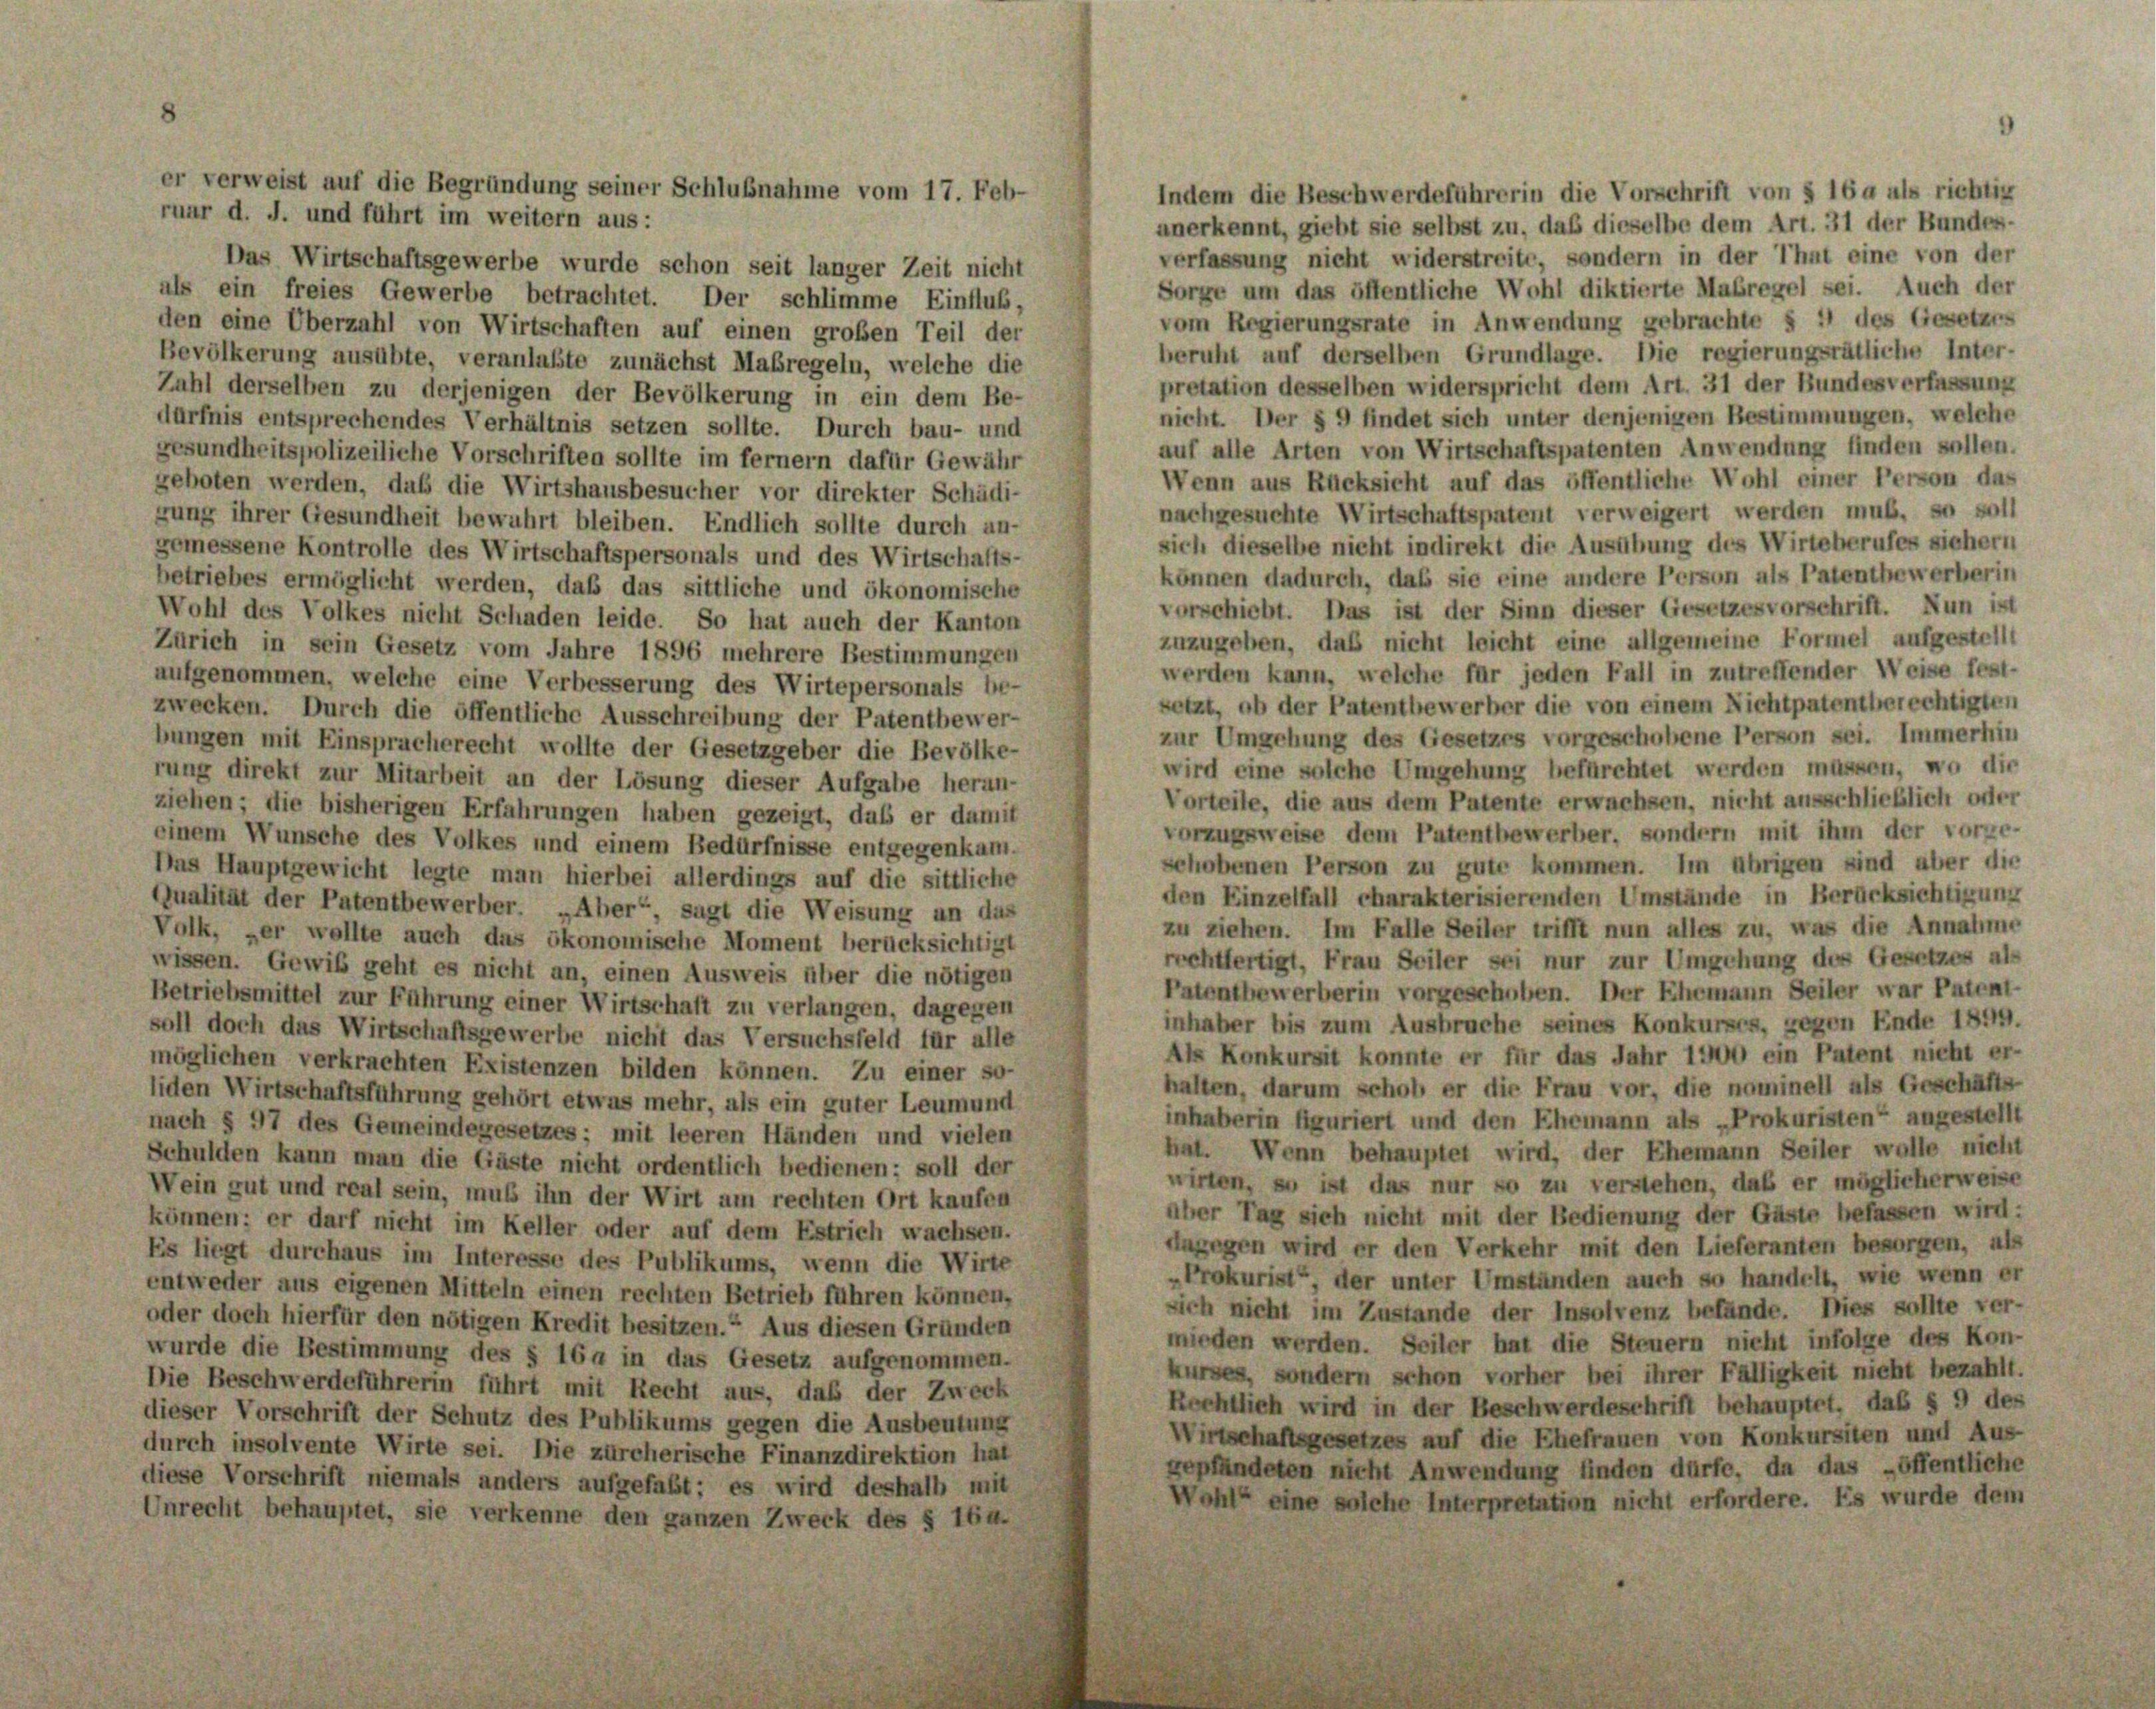
Indem die Beschwerdeführerin die Vorschrift von § 16 als richtig
anerkennt, giebt sie selbst zu, daß dieselbe dem Art. 31 der Bundes-
verfassung nicht widerstreite, sondern in der That eine von der
Das Wirtschaftsgewerbe wurde schon seit langer Zeit nicht
Sorge um das öffentliche Wohl diktierte Maßregel sei. Auch der
als ein freies Gewerbe betrachtet. Der schlimme Einflub,
vom Regierungsrate in Anwendung gebrachte § 11 des Gesetzes
den eine Überzahl von Wirtschaften auf einen großen Teil der
beruht auf derselben Grundlage. Die regierungsrätliche Inter-
Bevölkerung ausübte, veranlaßte zunächst Maßregeln, welche die
pretation desselben widerspricht dem Art. 31 der Bundesverfassung
Zahl derselben zu derjenigen der Bevölkerung in ein dem Be-
nicht. Der § 9 findet sich unter denjenigen Bestimmungen, welche
dürfnis entsprechendes Verhältnis setzen sollte. Durch bau- und
auf alle Arten von Wirtschaftspatenten Anwendung finden sollen.
gesundheitspolizeiliche Vorschriften sollte im fernem dafür Gewähr
Wenn aus Rücksicht auf das öffentliche Wohl einer Person das
geboten werden, daß die Wirtshausbesucher vor direkter Schädi-
nachgesuchte Wirtschaftspatent verweigert werden muß, so soll
gung ihrer Gesundheit bewuhrt bleiben. Endlich sollte durch an-
sich dieselbe nicht indirekt die Ausübung des Wirteberufes siehern
gemessene Kontrolle des Wirtschaftspersonals und des Wirtschafts-
betriebes ermöglicht werden, daß das sittliche und ökonomische
Wohl des Volkes nicht Schaden leide. So hat auch der Kanton
Zürich in sein Gesetz vom Jahre 1896 mehrere Bestimmungen
aufgenommen, welche eine Verbesserung des Wirtepersonals be-
Letzt, ob der Patentbewerber die von einem Nichtpatentberechtigten
zwecken. Durch die öffentliche Ausschreibung der Patentbewer-
zur Umgehung des Gesetzes vorgeschobene Person sei. Immerhin
bungen mit Einspracherecht wollte der Gesetzgeber die Bevölke-
wird eine solche Umgehung befürchtet werden müssen, wo die
rung direkt zur Mitarbeit an der Lösung dieser Aufgabe heran-
Vorteile, die aus dem Patente erwachsen, nicht ausschließlich oder
ziehen; die bisherigen Erfahrungen haben gezeigt, daß er damit
vorzugsweise dem Patentbewerber, sondern mit ihm der vorge-
einem Wunsche des Volkes und einem Bedürfnisse entgegenkam.
schobenen Person zu gute kommen. Im übrigen sind aber die
Das Hauptgewicht legte man hierbei allerdings auf die sittliche
den Einzelfall charakterisierenden Umstände in Berücksichtigung
Qualität der Patentbewerber. „Aber“, sagt die Weisung an das
zu ziehen. Im Falle Seiler trifft nun alles zu, was die Annahme
Volk, er wollte auch das ökonomische Moment berücksichtigt
rechtfertigt, Frau Seiler sei nur zur Umgehung des Gesetzes als
wissen. Gewis geht es nicht an, einen Ausweis über die nötigen
Patentbewerberin vorgeschoben. Der Ehemann Seiler war Patent-
Betriebsmittel zur Führung einer Wirtschaft zu verlangen, dagegen
inhaber bis zum Ausbruche seines Konkurses, gegen Ende 1899.
soll doch das Wirtschaftsgewerbe nicht das Versuchsfeld für alle
Als Konkursit konnte er für das Jahr 1900 ein Patent nicht er-
möglichen verkrachten Existenzen bilden können. Zu einer so-
halten, darum schob er die Frau vor, die nominell als Geschäfts-
liden Wirtschaftsführung gehört etwas mehr, als ein guter Leumund
inhaberin figuriert und den Ehemann als „Prokuristen“ angestellt
nach § 97 des Gemeindegesetzes; mit leeren Händen und vielen
hat. Wenn behauptet wird, der Ehemann Seiler wolle nicht
Schulden kann man die Gäste nicht ordentlich bedienen: soll der
wirten, so ist das nur so zu verstehen, daß er möglicherweise
Wein gut und real sein, muß ihn der Wirt am rechten Ort kaufen
aber Tag sich nicht mit der Bedienung der Gäste befassen wird:
können: er darf nicht im Keller oder auf dem Estrich wachsen.
dagegen wird er den Verkehr mit den Lieferanten besorgen, als
Es liegt durchaus im Interesse des Publikums, wenn die Wirte
„Prokurist der unter Umständen auch so handelt, wie wenn er
entweder aus eigenen Mitteln einen rechten Betrieb führen können,
sich nicht im Zustande der Insolvenz befände. Dies sollte ver-
oder doch hierfür den nötigen Kredit besitzen.“ Aus diesen Gründen
mieden werden. Seiler hat die Steuern nicht infolge des Kon-
wurde die Bestimmung des § 164 in das Gesetz aufgenommen.
kurses, sondern schon vorher bei ihrer Fälligkeit nicht bezahlt.
Die Beschwerdeführerin führt mit Recht aus, daß der Zweck
Rechtlich wird in der Beschwerdeschrift behauptet, das § 9 des
dieser Vorschrift der Schutz des Publikums gegen die Ausbeutung
Wirtschaftsgesetzes auf die Ehefrauen von Konkursiten und Aus-
durch insolvente Wirte sei. Die zürcherische Finanzdirektion hat
gepfändeten nicht Anwendung finden dürfe, da das öffentliche
diese Vorschrift niemals anders aufgefaßt; es wird deshalb mit
Wohl eine solche Interpretation nicht erfordere. Es wurde dem
Unrecht behauptet, sie verkenne den ganzen Zweck des § 164.

er verweist auf die Begründung seiner Schlußnahme vom 17. Feb-
ruar d. J. und führt im weitern aus:

können dadurch, daß sie eine andere Person als Patentbewerberin
vorschiebt. Das ist der Sinn dieser Gesetzesvorschrift. Nun ist
zuzugeben, das nicht leicht eine allgemeine Formel aufgestellt
werden kann, welche für jeden Fall in zutreffender Weise fest-